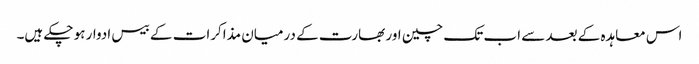
اس معاہدہ کے بعد سے اب تک چین اور بھارت کے درمیان مذاکرات کے بیس ادوار ہو چکے ہیں۔